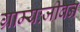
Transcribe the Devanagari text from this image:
ग्राम्यःजीवन